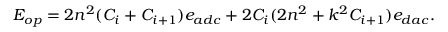
E _ { o p } = 2 n ^ { 2 } ( C _ { i } + C _ { i + 1 } ) e _ { a d c } + 2 C _ { i } ( 2 n ^ { 2 } + k ^ { 2 } C _ { i + 1 } ) e _ { d a c } .